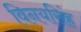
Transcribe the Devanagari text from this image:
विनयसिंह